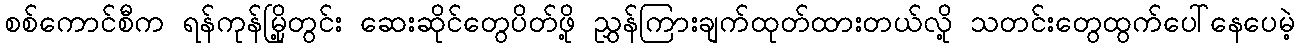
စစ်ကောင်စီက ရန်ကုန်မြို့တွင်း ဆေးဆိုင်တွေပိတ်ဖို့ ညွှန်ကြားချက်ထုတ်ထားတယ်လို့ သတင်းတွေထွက်ပေါ်နေပေမဲ့